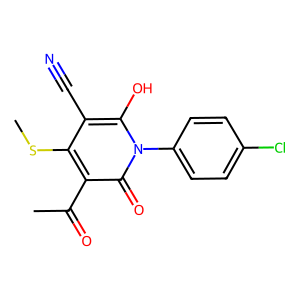
SMILES: CSc1c(C#N)c(O)n(-c2ccc(Cl)cc2)c(=O)c1C(C)=O
Inhibits HIV replication: No